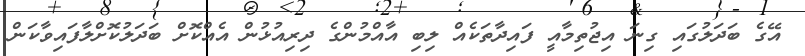
އޭގެ ބަދަލުގައި ގިނަ އިޖުތިމާއީ ފައިދާތަކެއް ލިބި އާއްމުންގެ ދިރިއުޅުން އެއްކޮށް ބަދަލުކޮށްލާފައިވާކަން